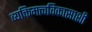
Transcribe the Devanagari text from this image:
व्यक्तिमत्त्वविकासाशी